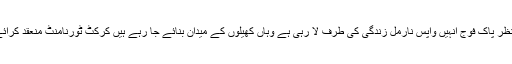
جس کے پیش نظر پاک فوج انہیں واپس نارمل زندگی کی طرف لا رہی ہے وہاں کھیلوں کے میدان بنائے جا رہے ہیں کرکٹ ٹورنامنٹ منعقد کرائے جا رہے ہیں۔